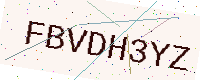
Text: FBVDH3YZ